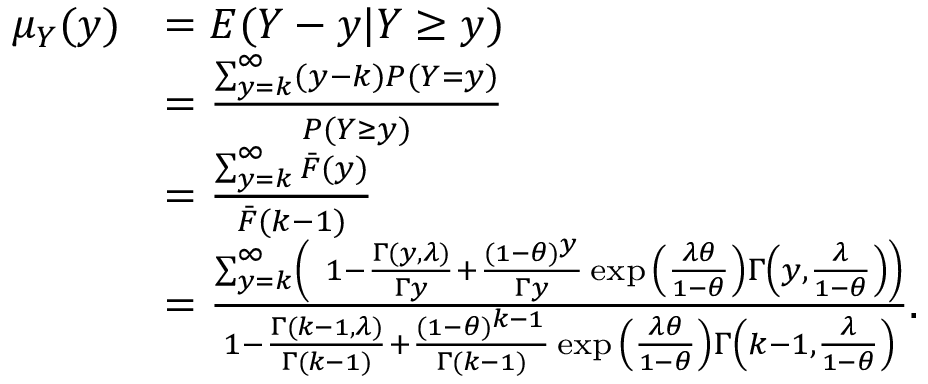
\begin{array} { r l } { \mu _ { Y } ( y ) } & { = E ( Y - y | Y \geq y ) } \\ & { = \frac { \sum _ { y = k } ^ { \infty } ( y - k ) P ( Y = y ) } { P ( Y \geq y ) } } \\ & { = \frac { \sum _ { y = k } ^ { \infty } \bar { F } ( y ) } { \bar { F } ( k - 1 ) } } \\ & { = \frac { \sum _ { y = k } ^ { \infty } \left( \ 1 - \frac { \Gamma ( y , \lambda ) } { \Gamma y } + \frac { ( 1 - \theta ) ^ { y } } { \Gamma y } \exp { \left( \frac { \lambda \theta } { 1 - \theta } \right) } \Gamma \left( y , \frac { \lambda } { 1 - \theta } \right) \right) } { 1 - \frac { \Gamma ( k - 1 , \lambda ) } { \Gamma ( k - 1 ) } + \frac { ( 1 - \theta ) ^ { k - 1 } } { \Gamma ( k - 1 ) } \exp { \left( \frac { \lambda \theta } { 1 - \theta } \right) } \Gamma \left( k - 1 , \frac { \lambda } { 1 - \theta } \right) } . } \end{array}